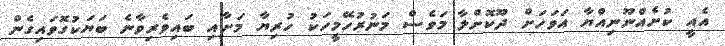
އެއީ ކުށެއްނޫނިއްޔާ އަވަހަށް ދޫކޮށްލާ މަވެސް މަނުރުހޭމީހަކު ހުރިޔާ މަށާއި ބައިވެރިވާނެ ބަޔަކުގޮވައިގެން